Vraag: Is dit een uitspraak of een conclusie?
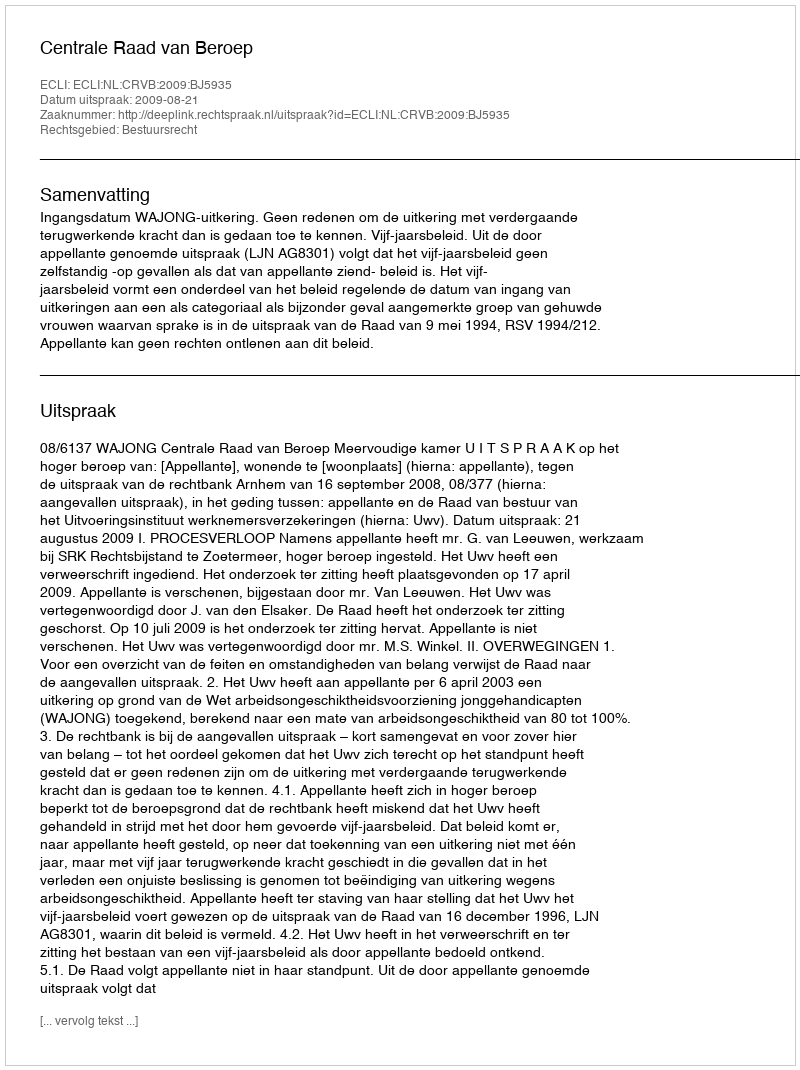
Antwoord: Uitspraak